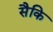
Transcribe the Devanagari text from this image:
सैकि